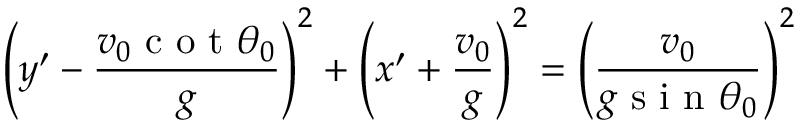
\left( y ^ { \prime } - \frac { v _ { 0 } \textrm { c o t } \theta _ { 0 } } { g } \right) ^ { 2 } + \left( x ^ { \prime } + \frac { v _ { 0 } } { g } \right) ^ { 2 } = \left( \frac { v _ { 0 } } { g \textrm { s i n } \theta _ { 0 } } \right) ^ { 2 }